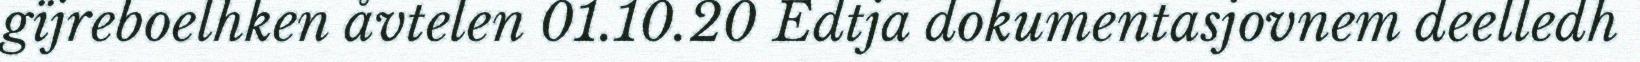
gïjreboelhken åvtelen 01.10.20 Edtja dokumentasjovnem deelledh